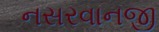
નસરવાનજી